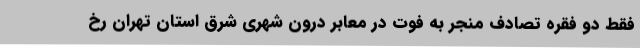
فقط دو فقره تصادف منجر به فوت در معابر درون شهری شرق استان تهران رخ